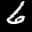
Label: 6